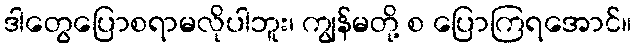
ဒါတွေပြောစရာမလိုပါဘူး၊ ကျွန်မတို့ စ ပြောကြရအောင်။